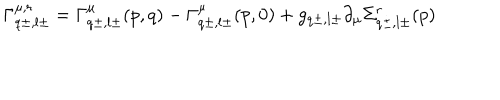
LaTeX: \Gamma _ { q \pm , l \pm } ^ { \mu , r } = \Gamma _ { q \pm , l \pm } ^ { \mu } ( p , q ) - \Gamma _ { q \pm , l \pm } ^ { \mu } ( p , 0 ) + g _ { q \pm , l \pm } \partial _ { \mu } \Sigma _ { q \pm , l \pm } ^ { r } ( p )